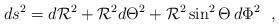
LaTeX: \begin{align*}ds^2 = d{{\cal R}}^2 + {{\cal R}}^2 d{\Theta}^2 +{{\cal R}}^2\sin ^2 \Theta \, d\Phi^2 \ \ ,\end{align*}